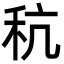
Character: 秔